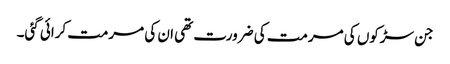
جن سڑکوں کی مرمت کی ضرورت تھی ان کی مرمت کرائی گئی۔